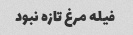
فیله مرغ تازه نبود